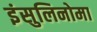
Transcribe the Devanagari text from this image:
इंसुलिनोमा